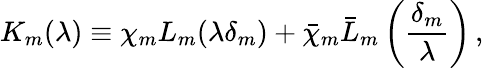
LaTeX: K_{m}(\lambda)\equiv\chi_{m}L_{m}(\lambda\delta_{m})+\bar{\chi}_{m}\bar{L}_{m}\left(\frac{\delta_{m}}{\lambda}\right)\, ,